King Institute of Preventive Medicine Micro-Biological Section reports 1912-19
Year: 1912
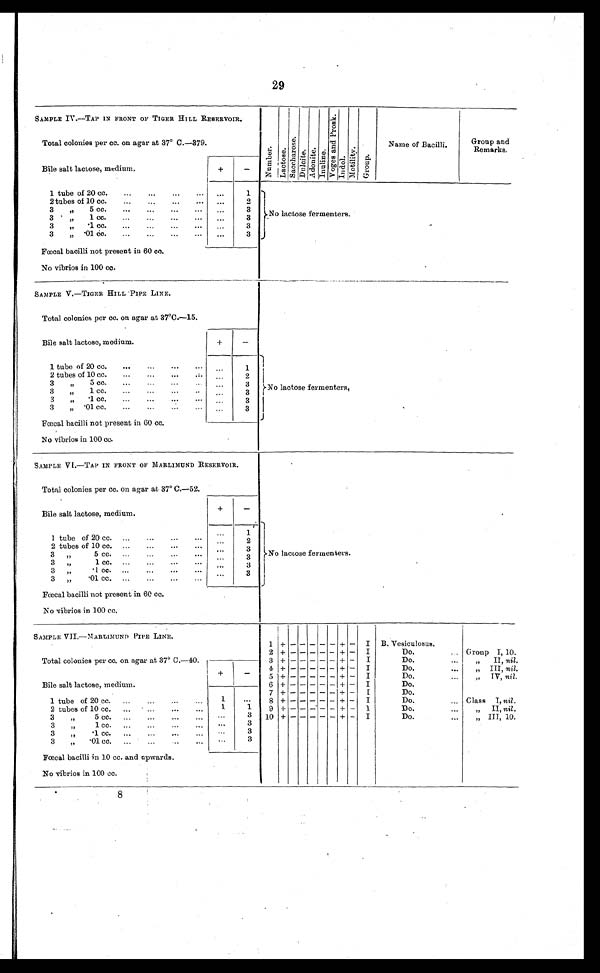
29
SAMPLE IV.—TAP IN FRONT OF TIGER HILL RESERVOIR.
N u m b e r .
L a c t o s e . S a c c h a r o s e . S a c c h a r o s e .
S a c c h a r o s e . D u l c i t e .
A d o n i t e . I n u l i n e .
V o g e s a n d P r o s k .
I n d o l .
M o t i l i t y .
G r o u p .
Name of Bacilli.
Group and Remarks.
Total colonies per cc. on agar at 37° C.—379.
Bile salt lactose, medium
+ -
1 tube of 20 cc.
. . .
. . .
1
No lactose fermenters.
2 tubes of 10 cc. . . .
. . .
2
3 " 5 cc.
. . .
. . . 3
3 " 1 cc.
. . .
. . .
3
3 " .1 cc.
. . .
. . .
3
3 " .01 cc. . . .
. . .
3
Fœcal bacilli not present in 60 cc.
No vibrios in 100 cc.
SAMPLE V.—TIGER HILL PIPE LINE.
No lactose fermenters
.
Total colonies per cc. on agar at 37°C.—15.
Bile salt lactose, medium.
+
-
1 tube of 20 cc.
. . .
. . .
1
2 tubes of 10 cc.
. . .
. . .
2
3 " 5 cc.
. . .
. . .
3
3 " 1 cc. . . .
. . .
3
3 " .1 cc. . . .
. . .
3
3 " .01 cc.
. . .
. . .
3
Fœcal bacilli not present in 60 cc.
No vibrios in 100 cc.
SAMPLE V1.—TAP IN FRONT OF MARLIMUND RESERVOIR.
No lactose fermenters.
Total colonies per cc. on agar at 37° C.—52.
Bile salt lactose, medium.
+
-
1 tube of 20 cc.
. . .
. . .
1
2 tubes of 10 cc.
. . .
. . .
2
3 " 5 cc. . . .
. . .
3
3 " 1 cc. . . .
. . .
3
3 " .1cc. . . .
. . .
3
3 " .01 cc.
. . .
. . .
3
Fœcal bacilli not present in 60 cc.
No vibrios in 100 cc.
SAMPLE VII.—MARLIMUND PIPE LINE.
1
+ -
- - - -
+ - I B. Vesiculosus.
Total colonies per cc. on agar at 37° c.—40.
2 + - - - - - + - I
Do. . . . Group I, 10.
3 + - - - - - + - I
Do. . . .
" II, n i l .
+
- 4 + - - - - - + - I
Do. . . .
" III, nil.
5 + - - - - - + - I
Do. . . .
" IV, nil.
Bile salt lactose, medium.
6 + - - - - - + - I
Do. . . .
7 + - - - - - + - I
Do. . . .
1 tube of 20 cc. . . .
1
. . .
8 + - - - - - + - I
Do. . . .
Class 1, nil.
2 tubes of 10 cc. . . .
1
1
9 + - - - - - + - I
Do. . . .
" I I ,
n i l
.
3 " 5 cc. . . .
. . .
3 10 + - - - - - + - I
Do. . . .
" III, 10.
3
" 1 cc. . . .
. . .
3
3 " . 0 1 c c . . . .
. . .
3
3
" .01 cc. . . .
. . .
3
Fœcal bacilli in 10 cc. and upwards.
No vibrios in 100 cc.
8